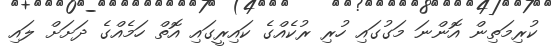
ކުރިމަތިން އޮންނަ މަގުގައި ހުރި ރުކެއްގެ ކައިރީގައި އޮތް ހަމެއްގެ ދަށަށް ލައި